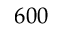
6 0 0